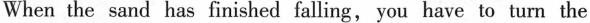
When the sand has finished falling, you have to turn the